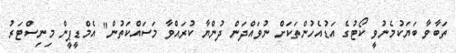
ތަބާވާ ބަޔަކުމެނުވީ ކޯޓުގެ އަޑުއެހުންތަކަށް ނުވައްދަން ދުންޔާ ކުރައްވާ މަސައްކަތުން" އެމްޑީޕީން މިނިސްޓަރު